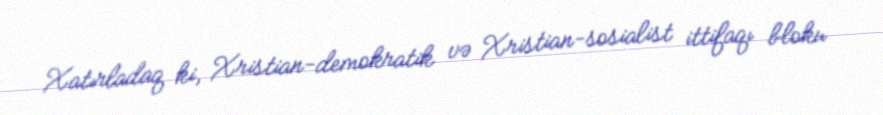
Xatırladaq ki, Xristian-demokratik və Xristian-sosialist ittifaqı bloku